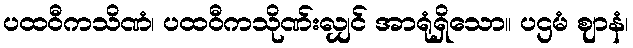
ပထဝီကသိဏံ၊ ပထဝီကသိုဏ်းလျှင် အာရုံရှိသော။ ပဌမံ ဈာနံ၊